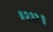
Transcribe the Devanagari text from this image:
॥२३१॥